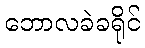
ဘောလခဲခရိုင်